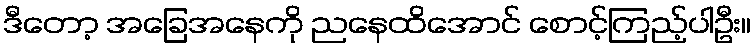
ဒီတော့ အခြေအနေကို ညနေထိအောင် စောင့်ကြည့်ပါဦး။